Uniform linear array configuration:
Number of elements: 8
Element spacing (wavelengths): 0.25
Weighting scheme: uniform
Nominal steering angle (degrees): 15
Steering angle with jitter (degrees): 14.445
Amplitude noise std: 0.05
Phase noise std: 0.05

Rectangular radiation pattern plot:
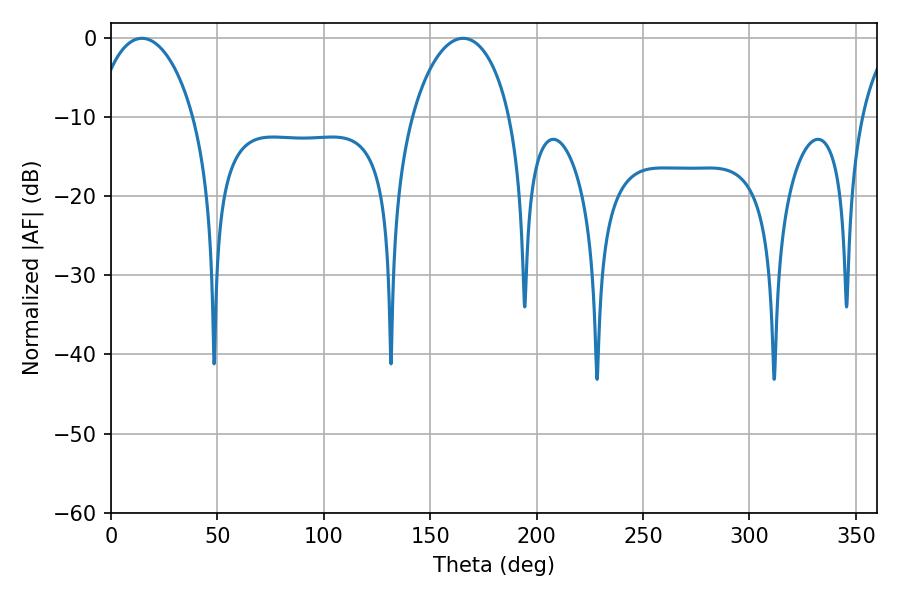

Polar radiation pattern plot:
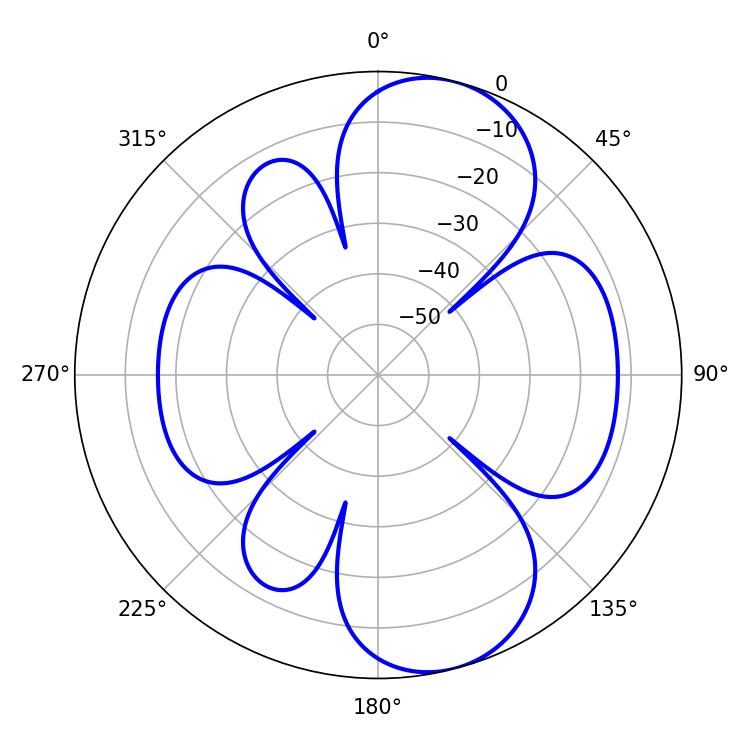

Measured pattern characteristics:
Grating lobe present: FALSE
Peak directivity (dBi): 8.733
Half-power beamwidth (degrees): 26.46
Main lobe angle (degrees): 14.58